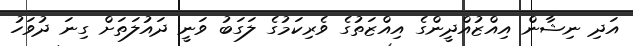
އަދި ނިޝާން އިއްޒުއްދީންގެ އިއްޒަތުގެ ވެރިކަމުގެ ލަގަބު ވަނީ ދައުލަތަށް ގިނަ ދުވަހު